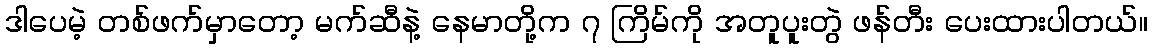
ဒါပေမဲ့ တစ်ဖက်မှာတော့ မက်ဆီနဲ့ နေမာတို့က ၇ ကြိမ်ကို အတူပူးတွဲ ဖန်တီး ပေးထားပါတယ်။